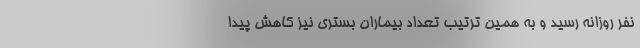
نفر روزانه رسید و به همین ترتیب تعداد بیماران بستری نیز کاهش پیدا